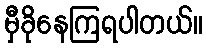
မှီခိုနေကြရပါတယ်။